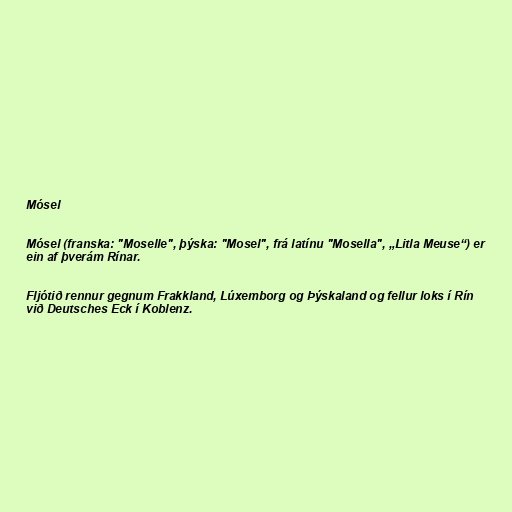
Mósel

Mósel (franska: "Moselle", þýska: "Mosel", frá latínu "Mosella", „Litla Meuse“) er
ein af þverám Rínar.

Fljótið rennur gegnum Frakkland, Lúxemborg og Þýskaland og fellur loks í Rín
við Deutsches Eck í Koblenz.